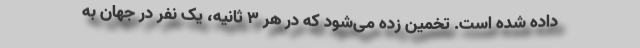
داده شده است. تخمین زده می‌شود که در هر ۳ ثانیه، یک نفر در جهان به